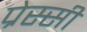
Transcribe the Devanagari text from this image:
प्रेस्सी